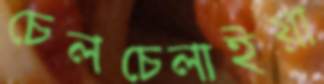
চেলচেলাইয়া